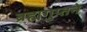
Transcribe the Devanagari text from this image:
ब्रह्मगुप्तने